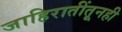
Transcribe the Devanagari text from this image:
जाहिरातींतूनही